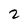
Character: 2